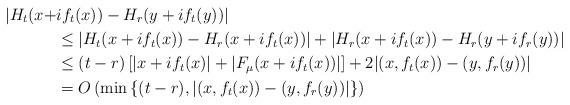
LaTeX: \begin{align*}| H_{t}(x +& if_{t}(x)) - H_{r}(y + if_{t}(y)) | \\&\leq \left| H_{t}(x + if_{t}(x)) - H_{r}(x + if_{t}(x)) \right| + \left| H_{r}(x + if_{t}(x)) - H_{r}(y + if_{r}(y)) \right| \\&\leq (t-r)\left[ |x + if_{t}(x)| + |F_{\mu}(x + if_{t}(x))|\right] + 2 |(x,f_{t}(x)) - (y,f_{r}(y))| \\&= O\left(\min\left\{(t-r) , |(x,f_{t}(x)) - (y, f_{r}(y))|\right\} \right)\end{align*}